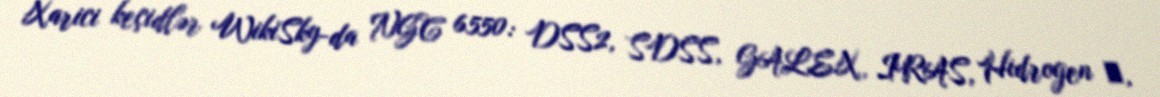
Xarici keçidlər WikiSky-da NGC 6550: DSS2, SDSS, GALEX, IRAS, Hidrogen α,